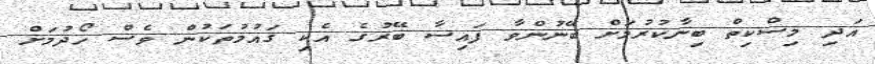
އަދި މިސްކިތް ބިނާކުރުމަށް ބޭނުންވާ ފައިސާ ބޭރުގެ އެކި ގައުމުތަކުން ވެސް ހޯދުމަށް